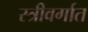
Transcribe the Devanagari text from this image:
स्त्रीवर्गात